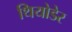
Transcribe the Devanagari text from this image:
थियोडेर